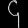
Digit: ၄